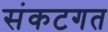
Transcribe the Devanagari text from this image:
संकटगत